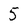
Character: 5